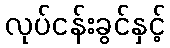
လုပ်ငန်းခွင်နှင့်